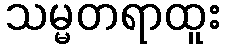
သမ္မတရာထူး